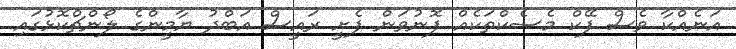
އަނެއްކާ ވެސް ފޭކް މެސެކްތަކެއް ފޮނުވަން ފެށީ ރައީސް އަބްދު ޔާމީންގެ ލޯންޗްކޮޅުގައި